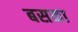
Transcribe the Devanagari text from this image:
बसका